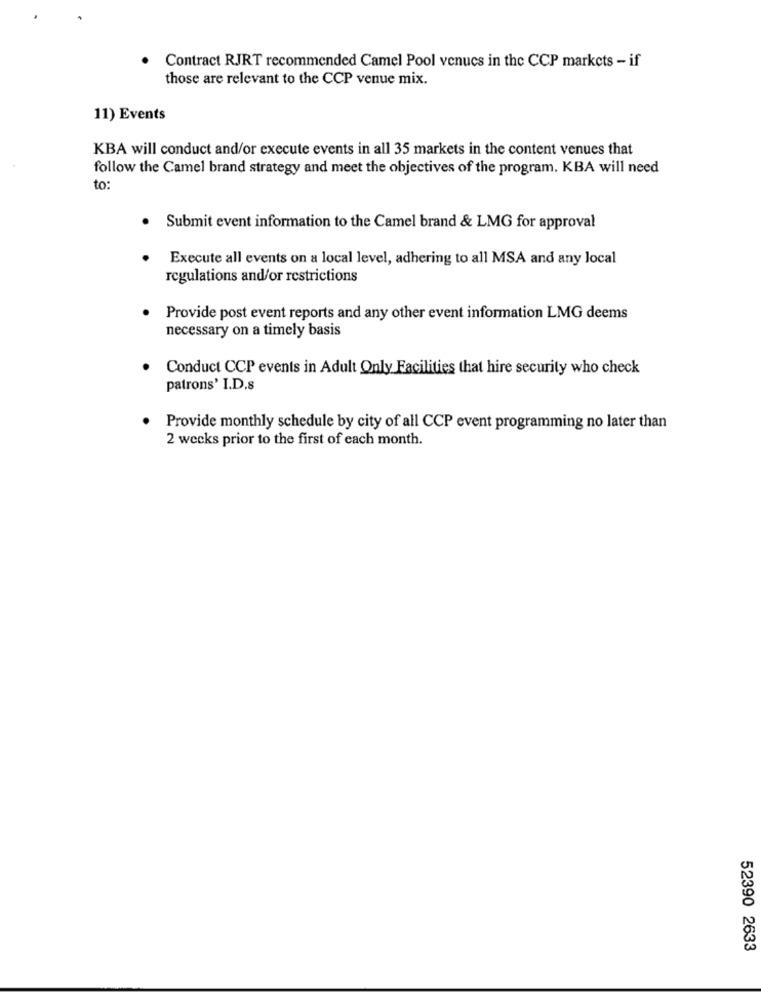
Contract RJRT recommended Camel Pool venues in the CCP markets - if
those are relevant to the CCP venue mix.
11) Events
KBA will conduct and/or execute events in all 35 markets in the content venues that
follow the Camel brand strategy and meet the objectives of the program. KBA will need
to:
Submit event information to the Camel brand & LMG for approval
Execute all events on a local level, adhering to all MSA and any local
regulations and/or restrictions
Provide post event reports and any other event information LMG deems
necessary on a timely basis
Conduct CCP events in Adult Only Facilities that hire security who check
patrons' I.D.s
Provide monthly schedule by city of all CCP event programming no later than
2 weeks prior to the first of each month.
52390 2633